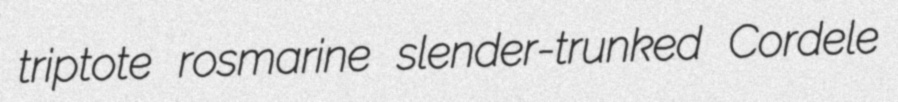
triptote rosmarine slender-trunked Cordele